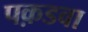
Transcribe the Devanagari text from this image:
पक़डवा